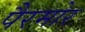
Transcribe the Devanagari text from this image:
पैरमोर